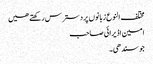
مختلف النوع زبانوں پر دسترس رکھتے ھیں
امین اڈیرائی صاحب
جو سندھی۔